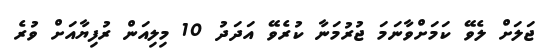
ޖަލަށް ލެވޭ ކަމަށްވާނަމަ ޖުރުމަނާ ކުރެވޭ އަދަދު 10 މިލިއަން ރުފިޔާއަށް ވުރެ